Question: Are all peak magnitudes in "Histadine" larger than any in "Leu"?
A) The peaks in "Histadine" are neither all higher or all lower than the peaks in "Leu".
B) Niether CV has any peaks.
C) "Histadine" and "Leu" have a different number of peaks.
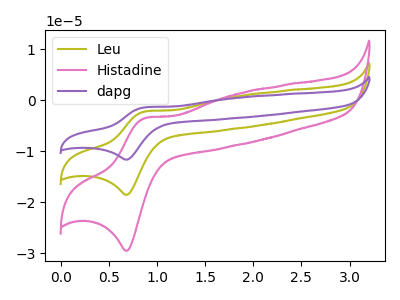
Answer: <think>The olive curve "Leu" has an anodic peak at (0.85V, -2.20uA) and a cathodic peak at (0.70V, -18.55uA). The pink curve "Histadine" has an anodic peak at (0.85V, -3.50uA) and a cathodic peak at (0.70V, -29.55uA). The purple curve "dapg" has an anodic peak at (0.85V, -4.40uA) and a cathodic peak at (0.70V, -37.10uA).</think>
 <answer>A) The peaks in "Histadine" are neither all higher or all lower than the peaks in "Leu".</answer>
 <eval>A</eval>